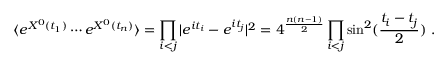
\langle e ^ { X ^ { 0 } ( t _ { 1 } ) } \cdots e ^ { X ^ { 0 } ( t _ { n } ) } \rangle = \prod _ { i < j } | e ^ { i t _ { i } } - e ^ { i t _ { j } } | ^ { 2 } = 4 ^ { \frac { n ( n - 1 ) } { 2 } } \prod _ { i < j } \sin ^ { 2 } ( { \frac { t _ { i } - t _ { j } } { 2 } } ) ~ .